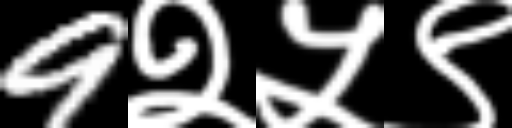
Text: 9२५९